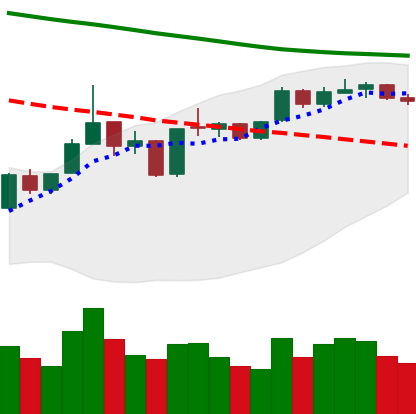
Ticker: ETH-USD
Chart end date: 2019-01-08
Forward return: -22.254%
Label: down_7plus